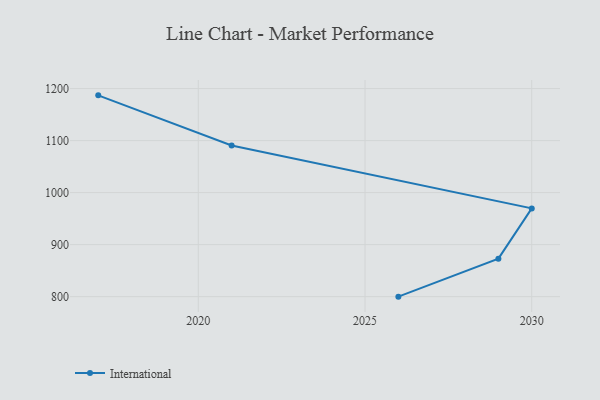
{"axis": {"x": "Year", "y": "Bounce Rate (%)"}, "legend": ["International"], "data": [{"x": "2017", "y": 1187.0, "type": "International"}, {"x": "2021", "y": 1090.6, "type": "International"}, {"x": "2030", "y": 969.7, "type": "International"}, {"x": "2029", "y": 873.1, "type": "International"}, {"x": "2026", "y": 800, "type": "International"}]}